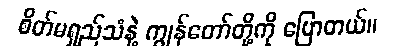
စိတ်မရှည်သံနဲ့ ကျွန်တော်တို့ကို ပြောတယ်။